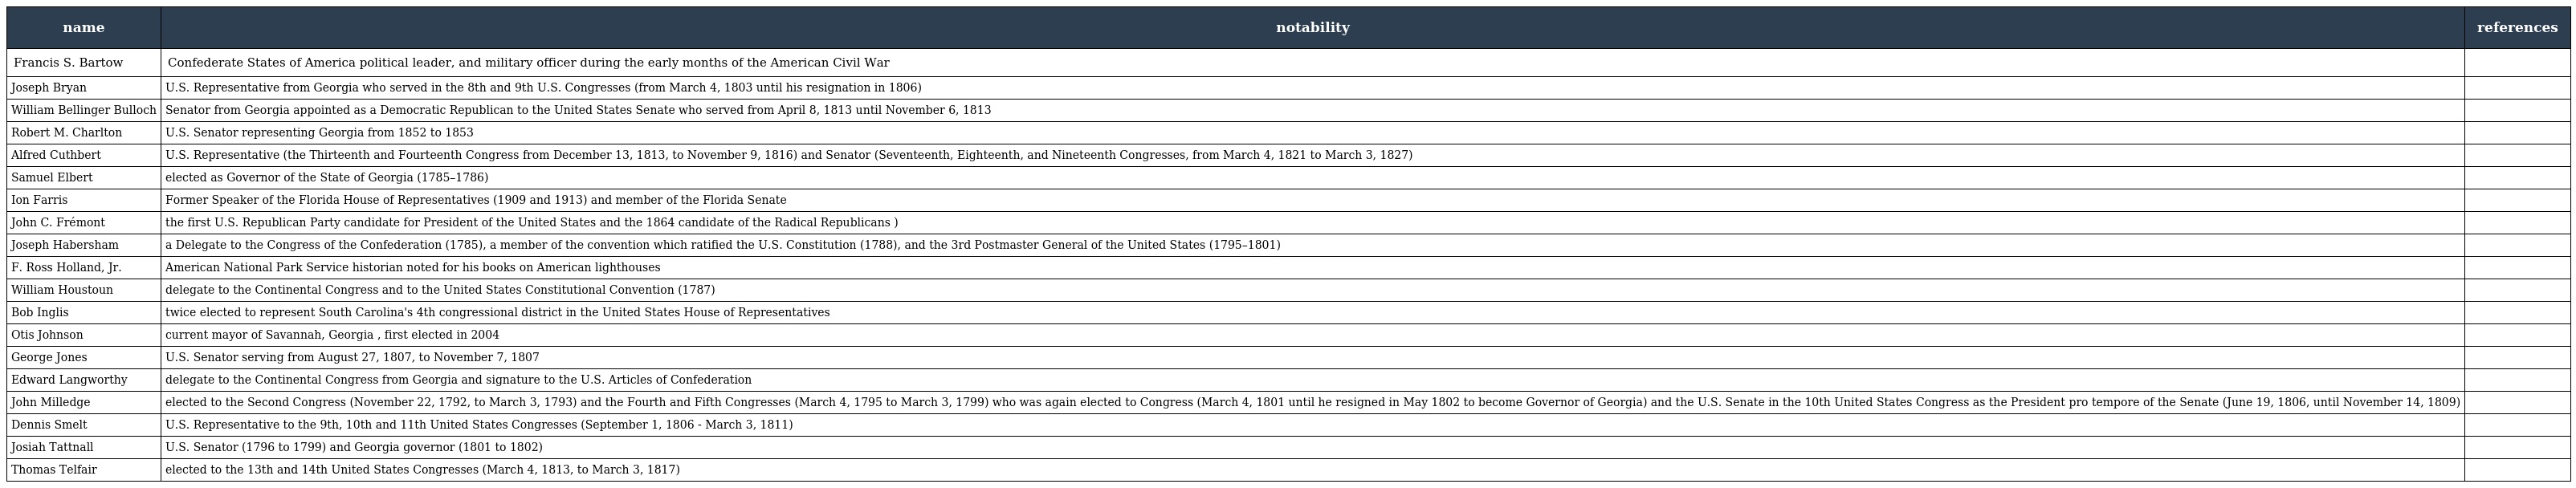
| name | notability | references |
 | --- | --- | --- |
 | Francis S. Bartow | Confederate States of America political leader, and military officer during the early months of the American Civil War |  |
 | Joseph Bryan | U.S. Representative from Georgia who served in the 8th and 9th U.S. Congresses (from March 4, 1803 until his resignation in 1806) |  |
 | William Bellinger Bulloch | Senator from Georgia appointed as a Democratic Republican to the United States Senate who served from April 8, 1813 until November 6, 1813 |  |
 | Robert M. Charlton | U.S. Senator representing Georgia from 1852 to 1853 |  |
 | Alfred Cuthbert | U.S. Representative (the Thirteenth and Fourteenth Congress from December 13, 1813, to November 9, 1816) and Senator (Seventeenth, Eighteenth, and Nineteenth Congresses, from March 4, 1821 to March 3, 1827) |  |
 | Samuel Elbert | elected as Governor of the State of Georgia (1785–1786) |  |
 | Ion Farris | Former Speaker of the Florida House of Representatives (1909 and 1913) and member of the Florida Senate |  |
 | John C. Frémont | the first U.S. Republican Party candidate for President of the United States and the 1864 candidate of the Radical Republicans ) |  |
 | Joseph Habersham | a Delegate to the Congress of the Confederation (1785), a member of the convention which ratified the U.S. Constitution (1788), and the 3rd Postmaster General of the United States (1795–1801) |  |
 | F. Ross Holland, Jr. | American National Park Service historian noted for his books on American lighthouses |  |
 | William Houstoun | delegate to the Continental Congress and to the United States Constitutional Convention (1787) |  |
 | Bob Inglis | twice elected to represent South Carolina's 4th congressional district in the United States House of Representatives |  |
 | Otis Johnson | current mayor of Savannah, Georgia , first elected in 2004 |  |
 | George Jones | U.S. Senator serving from August 27, 1807, to November 7, 1807 |  |
 | Edward Langworthy | delegate to the Continental Congress from Georgia and signature to the U.S. Articles of Confederation |  |
 | John Milledge | elected to the Second Congress (November 22, 1792, to March 3, 1793) and the Fourth and Fifth Congresses (March 4, 1795 to March 3, 1799) who was again elected to Congress (March 4, 1801 until he resigned in May 1802 to become Governor of Georgia) and the U.S. Senate in the 10th United States Congress as the President pro tempore of the Senate (June 19, 1806, until November 14, 1809) |  |
 | Dennis Smelt | U.S. Representative to the 9th, 10th and 11th United States Congresses (September 1, 1806 - March 3, 1811) |  |
 | Josiah Tattnall | U.S. Senator (1796 to 1799) and Georgia governor (1801 to 1802) |  |
 | Thomas Telfair | elected to the 13th and 14th United States Congresses (March 4, 1813, to March 3, 1817) |  |